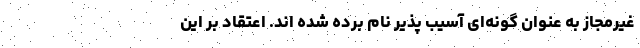
غیرمجاز به عنوان گونه‌ای آسیب پذیر نام برده شده اند. اعتقاد بر این